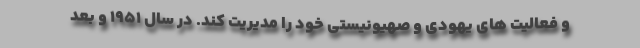
و فعالیت های یهودی و صهیونیستی خود را مدیریت کند. در سال 1951 و بعد